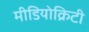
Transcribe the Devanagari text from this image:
मीडियोक्रिटी